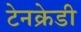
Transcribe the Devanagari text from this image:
टेनक्रेडी